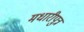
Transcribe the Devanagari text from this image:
मधारीपुत्र